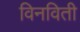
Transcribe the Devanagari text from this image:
विनविती